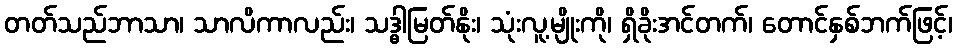
တတ်သည်ဘာသာ၊ သာလိကာလည်း၊ သဒ္ဓါမြတ်နိုး၊ သုံးလူ့မျိုးကို၊ ရှိခိုးအင်တက်၊ တောင်နှစ်ဘက်ဖြင့်၊